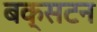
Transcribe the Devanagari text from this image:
बक्सटन